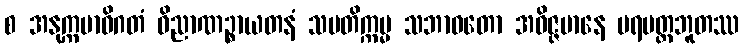
စ အနုက္ကမာဓိဂတံ ဝိညာဏဉ္စာယတနံ သမတိက္ကမ္မ သဘာဝတော အဝိဇ္ဇမာနေ ပရမတ္ထဘူတဿ